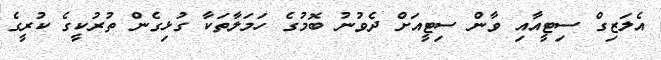
އެލަޒިގް ސިޓީއާއި ވާން ސިޓީއަށް ދެވުނު ބޮމުގެ ހަމަލާތަކާ ގުޅިގެން ތުރުކީގެ ކުރީގެ